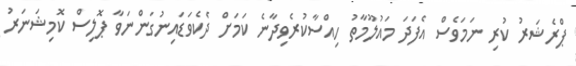
ޕްރެޝަރު ކުރި ނަމަވެސް އެފަދަ މައުލޫމާތު ހިއްސާކުރެވިދާނެ ކަމަށް ދެކެވަޑައިނުގަންނަވާ ޕޮލިސް ކޮމިޝަނަރު